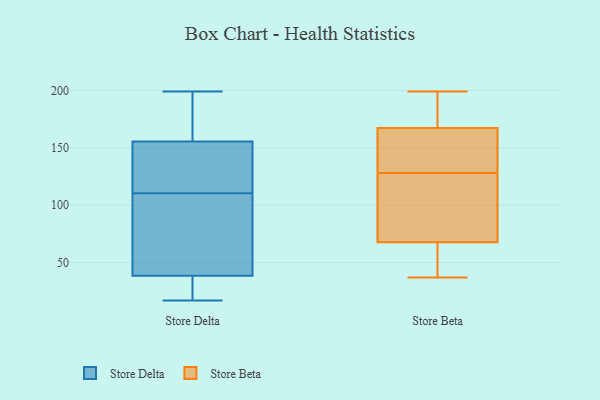
{"axis": {"x": "Satisfaction Score", "y": "Value"}, "legend": ["Store Beta", "Store Delta"], "data": [{"x": "", "y": 199, "type": "Store Delta"}, {"x": "", "y": 154, "type": "Store Delta"}, {"x": "", "y": 28, "type": "Store Delta"}, {"x": "", "y": 29, "type": "Store Delta"}, {"x": "", "y": 48, "type": "Store Delta"}, {"x": "", "y": 178, "type": "Store Delta"}, {"x": "", "y": 157, "type": "Store Delta"}, {"x": "", "y": 112, "type": "Store Delta"}, {"x": "", "y": 83, "type": "Store Delta"}, {"x": "", "y": 17, "type": "Store Delta"}, {"x": "", "y": 118, "type": "Store Delta"}, {"x": "", "y": 109, "type": "Store Delta"}, {"x": "", "y": 128, "type": "Store Beta"}, {"x": "", "y": 37, "type": "Store Beta"}, {"x": "", "y": 162, "type": "Store Beta"}, {"x": "", "y": 124, "type": "Store Beta"}, {"x": "", "y": 169, "type": "Store Beta"}, {"x": "", "y": 153, "type": "Store Beta"}, {"x": "", "y": 38, "type": "Store Beta"}, {"x": "", "y": 132, "type": "Store Beta"}, {"x": "", "y": 51, "type": "Store Beta"}, {"x": "", "y": 121, "type": "Store Beta"}, {"x": "", "y": 185, "type": "Store Beta"}, {"x": "", "y": 179, "type": "Store Beta"}, {"x": "", "y": 64, "type": "Store Beta"}, {"x": "", "y": 79, "type": "Store Beta"}, {"x": "", "y": 199, "type": "Store Beta"}]}